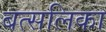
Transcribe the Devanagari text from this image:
बत्सलिका